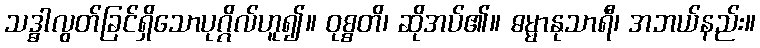
သဒ္ဓါလွတ်ခြင်ရှိသောပုဂ္ဂိလ်ဟူ၍။ ဝုစ္စတိ၊ ဆိုအပ်၏။ ဓမ္မာနုသာရီ၊ အဘယ်နည်း။